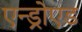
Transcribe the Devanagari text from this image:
एन्ड्रोएड